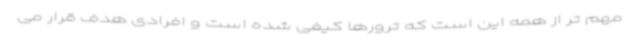
مهم تر از همه این است که ترورها کیفی شده است و افرادی هدف قرار می